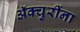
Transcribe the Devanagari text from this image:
ॲक्चुरींना